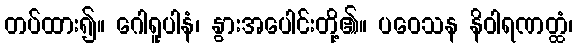
တပ်ထား၍။ ဂေါရူပါနံ၊ နွားအပေါင်းတို့၏။ ပဝေသန နိဝါရဏတ္ထံ၊